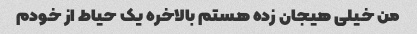
من خیلی هیجان زده هستم بالاخره یک حیاط از خودم